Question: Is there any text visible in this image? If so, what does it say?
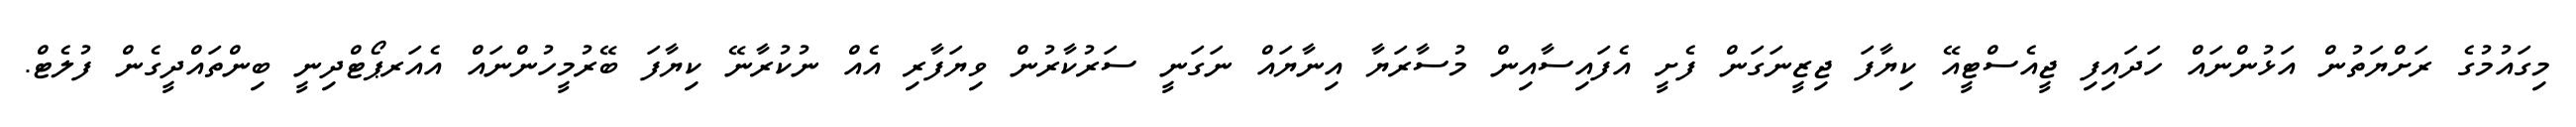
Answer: މިގައުމުގެ ރަށްޔަތުން އަޅުންނައް ހަދައިފި ޖީއެސްޓީއޭ ކިޔާފަ ޖިޒީނަގަން ފެށީ އެފައިސާއިން މުސާރަޔާ އިނާޔައް ނަގަނީ ސަރުކާރުން ވިޔަފާރި އެއް ނުކުރާނޭ ކިޔާފަ ބޭރުމީހުންނައް އެއަރޕޯޓްދިނީ ބިންތައްދީގެން ފުލެޓް.